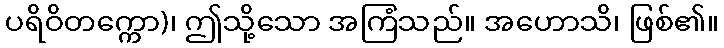
ပရိဝိတက္ကော)၊ ဤသို့သော အကြံသည်။ အဟောသိ၊ ဖြစ်၏။